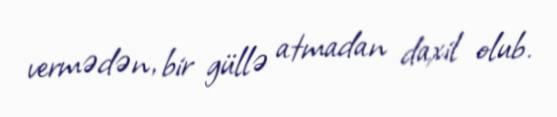
vermədən, bir güllə atmadan daxil olub.